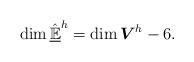
\begin{align*}\dim \hat{\underline{\mathbb{E}}}^{h} = \dim \boldsymbol{V}^{h} - 6.\end{align*}